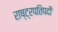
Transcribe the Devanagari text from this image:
राष्ट्रपतिपदी